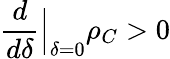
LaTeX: \frac{d}{d\delta}\Big\vert_{\delta=0}\rho_{C}>0